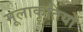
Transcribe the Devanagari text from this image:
मूलाकृतियों